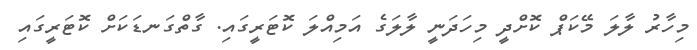
މިހާރު ލާލަ މޭކަޕް ކޮށްދީ މިހަދަނީ ލާލަގެ އަމިއްލަ ކޮޓަރީގައި. ގާތްގަނޑަކަށް ކޮޓަރީގައި